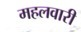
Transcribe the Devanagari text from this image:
महलवारी